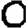
Digit: 0